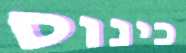
כינוס